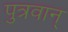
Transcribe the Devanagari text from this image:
पुत्रवान्